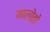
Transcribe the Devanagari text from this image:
मालोतो